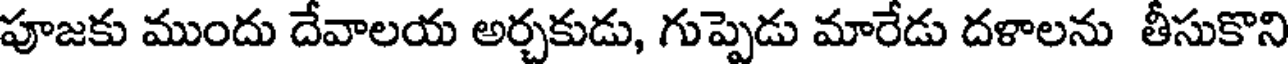
పూజకు ముందు దేవాలయ అర్చకుడు, గుప్పెడు మారేడు దళాలను తీసుకొని